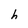
Character: h